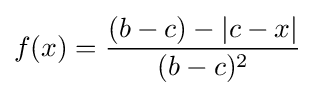
{\begin{aligned}f(x)&={\frac {(b-c)-|c-x|}{(b-c)^{2}}}\\[6pt]\end{aligned}}